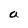
Character: a